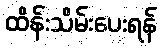
ထိန်းသိမ်းပေးရန်